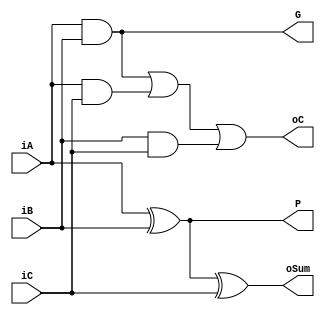
module FA_1bit(
    input  wire iA, iB,
    input  wire iC,
    output wire oSum,
    output wire G,P,
    output wire oC
);
    xor(oSum,iA,iB,iC);
    or(oC,iA&iB,iA&iC,iB&iC);
    and(G,iA,iB);
    xor(P,iA,iB);
endmodule